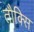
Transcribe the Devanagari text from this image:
तौक्सि